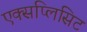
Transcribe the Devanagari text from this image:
एक्सप्लिसिट